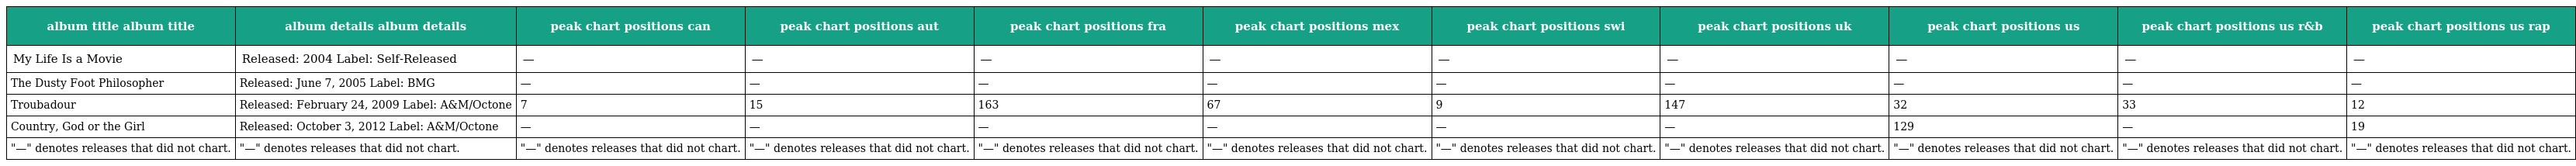
| album title album title | album details album details | peak chart positions can | peak chart positions aut | peak chart positions fra | peak chart positions mex | peak chart positions swi | peak chart positions uk | peak chart positions us | peak chart positions us r&b | peak chart positions us rap |
 | --- | --- | --- | --- | --- | --- | --- | --- | --- | --- | --- |
 | My Life Is a Movie | Released: 2004 Label: Self-Released | — | — | — | — | — | — | — | — | — |
 | The Dusty Foot Philosopher | Released: June 7, 2005 Label: BMG | — | — | — | — | — | — | — | — | — |
 | Troubadour | Released: February 24, 2009 Label: A&M/Octone | 7 | 15 | 163 | 67 | 9 | 147 | 32 | 33 | 12 |
 | Country, God or the Girl | Released: October 3, 2012 Label: A&M/Octone | — | — | — | — | — | — | 129 | — | 19 |
 | "—" denotes releases that did not chart. | "—" denotes releases that did not chart. | "—" denotes releases that did not chart. | "—" denotes releases that did not chart. | "—" denotes releases that did not chart. | "—" denotes releases that did not chart. | "—" denotes releases that did not chart. | "—" denotes releases that did not chart. | "—" denotes releases that did not chart. | "—" denotes releases that did not chart. | "—" denotes releases that did not chart. |